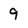
Character: 9